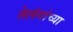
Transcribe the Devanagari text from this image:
तेलंगांच्या